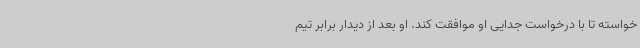
خواسته تا با درخواست جدایی او موافقت کند. او بعد از دیدار برابر تیم